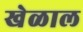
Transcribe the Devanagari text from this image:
खेळाल